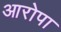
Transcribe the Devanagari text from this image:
आरोपा